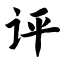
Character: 评